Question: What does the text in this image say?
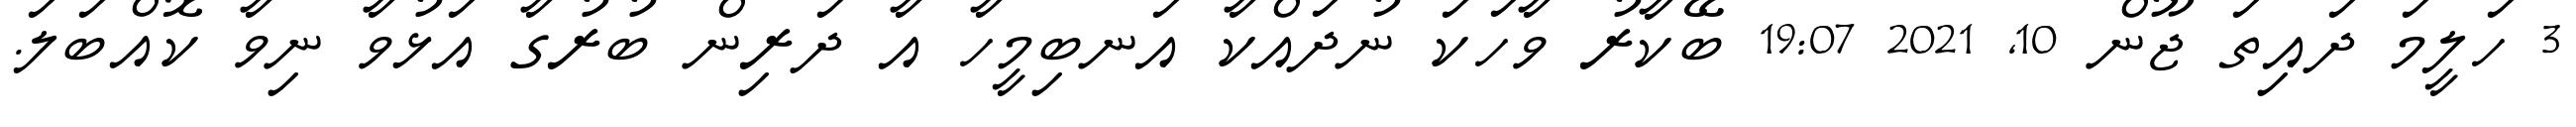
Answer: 3 ހަލީމަ ދައިތަ ޖޫން 10, 2021 19:07 ބޭކާރު ވާހަކަ ނުދައްކާ އަނބިމީހާ އާ ދަރިން ބުރުގާ އަޅުވާ ނިވާ ކޮއްބަލަ.